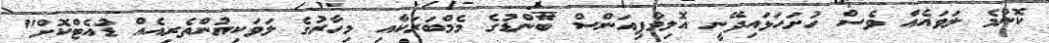
ކޮންމެ ލަވައެއް ވެސް ހުށަހަޅައިދޭނީ އޮލިމްޕިއަންސް ބޭންޑުގެ މެމްބަރަކާއި މިހާރުގެ ލަވަކިޔުންތެރިއެއް ޑުއެޓްކޮށް"